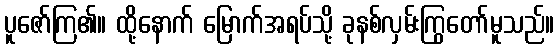
ပူဇော်ကြ၏။ ထို့နောက် မြောက်အရပ်သို့ ခုနစ်လှမ်းကြွတော်မူသည်။